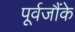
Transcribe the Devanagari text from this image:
पूर्वजौंके